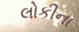
લોકીના